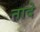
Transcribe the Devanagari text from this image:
नादे